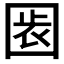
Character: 𡇴